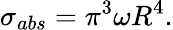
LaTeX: \sigma_{abs}=\pi^{3}\omega R^{4}.